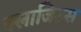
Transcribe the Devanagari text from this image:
क्लाजिउस